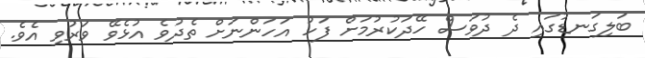
ބަލިގަނޑުގައި ދެ ދުވަސް ހޭދަކުރުމަށް ފަހު އަހަންނަށް ތެދުވެ އުޅެވޭ ވަރުވި އެވެ.